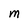
Character: M